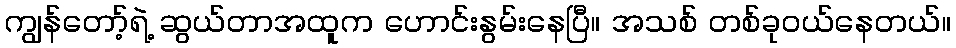
ကျွန်တော့်ရဲ့ ဆွယ်တာအထူက ဟောင်းနွမ်းနေပြီ။ အသစ် တစ်ခုဝယ်နေတယ်။